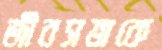
জীবসত্তাকে